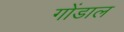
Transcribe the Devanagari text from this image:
गोंडाल